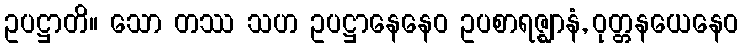
ဥပဋ္ဌာတိ။ သော တဿ သဟ ဥပဋ္ဌာနေနေဝ ဥပစာရဇ္ဈာနံ, ဝုတ္တနယေနေဝ